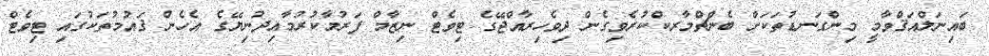
ބައިނަލްއަޤްވާމީ މިންގަނޑުތަކަށް ބެންޗްމާރކްކުރެވިގެން ދިވެހިރާއްޖޭގެ ޓިވެޓް ނިޒާމް ފަރުމާކުރުމާއިދުނިޔޭގެ އެހެން ޤައުމުތަކުގައި ޓިވެޓް